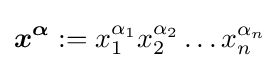
{\boldsymbol {x}}^{\boldsymbol {\alpha }}:=x_{1}^{\alpha _{1}}x_{2}^{\alpha _{2}}\ldots x_{n}^{\alpha _{n}}